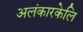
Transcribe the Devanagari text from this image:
अलंकारकेलि